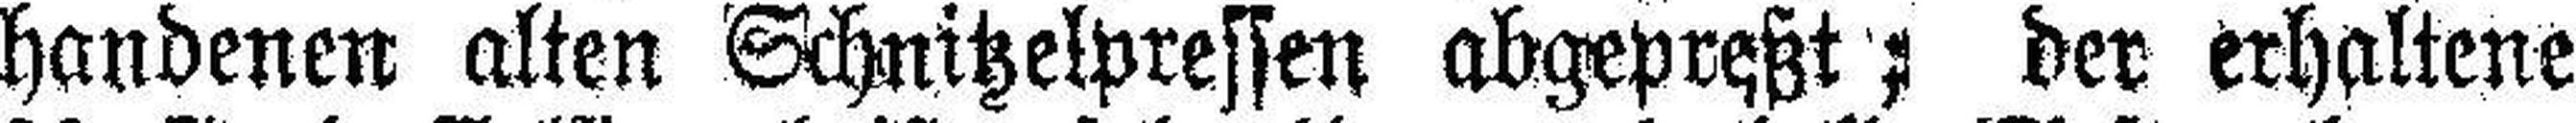
handenen alten Schnitzelpressen abgepreßt; der erhaltene